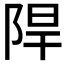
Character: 𮥈